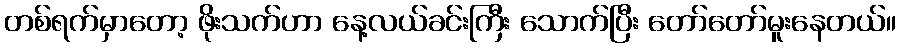
တစ်ရက်မှာတော့ ဖိုးသက်ဟာ နေ့လယ်ခင်းကြီး သောက်ပြီး တော်တော်မူးနေတယ်။